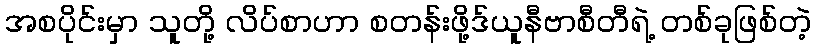
အစပိုင်းမှာ သူတို့ လိပ်စာဟာ စတန်းဖို့ဒ်ယူနီဗာစီတီရဲ့ တစ်ခုဖြစ်တဲ့